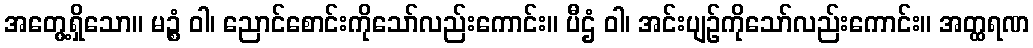
အတွေ့ရှိသော။ မဉ္စံ ဝါ၊ ညောင်စောင်းကိုသော်လည်းကောင်း။ ပီဌံ ဝါ၊ အင်းပျဉ်ကိုသော်လည်းကောင်း။ အတ္ထရဏ